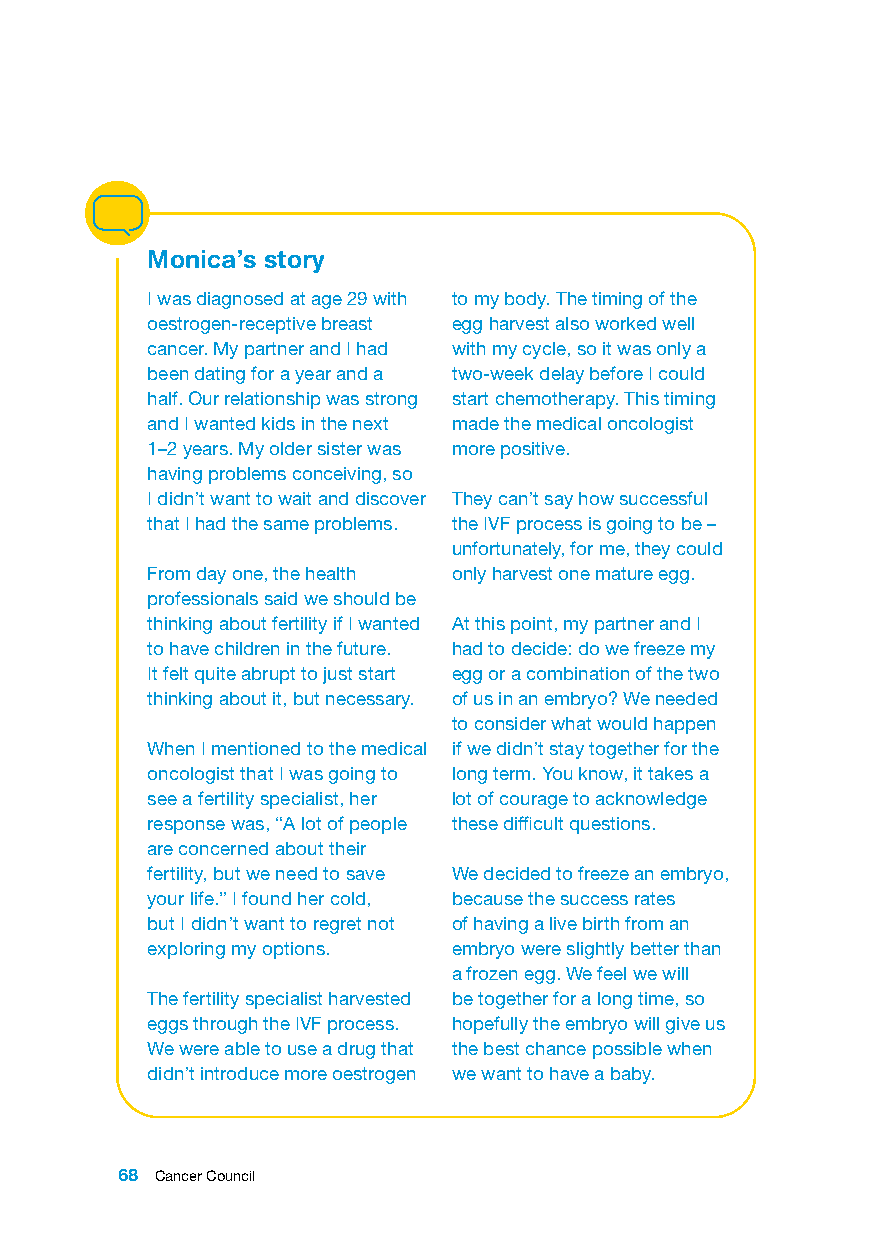
Monica’s story
 I was diagnosed at age 29 with to my body. The timing of the
 oestrogen-receptive breast egg harvest also worked well
 cancer. My partner and I had with my cycle, so it was only a
 been dating for a year and a two-week delay before I could
 half. Our relationship was strong start chemotherapy. This timing
 and I wanted kids in the next made the medical oncologist
 1–2 years. My older sister was more positive.
 having problems conceiving, so
 I didn’t want to wait and discover They can’t say how successful
 that I had the same problems. the IVF process is going to be –
 unfortunately, for me, they could
 From day one, the health only harvest one mature egg.
 professionals said we should be
 thinking about fertility if I wanted At this point, my partner and I
 to have children in the future. had to decide: do we freeze my
 It felt quite abrupt to just start egg or a combination of the two
 thinking about it, but necessary. of us in an embryo? We needed
 to consider what would happen
 When I mentioned to the medical if we didn’t stay together for the
 oncologist that I was going to long term. You know, it takes a
 see a fertility specialist, her lot of courage to acknowledge
 response was, “A lot of people these difficult questions.
 are concerned about their
 fertility, but we need to save We decided to freeze an embryo,
 your life.” I found her cold, because the success rates
 but I didn’t want to regret not of having a live birth from an
 exploring my options. embryo were slightly better than
 a frozen egg. We feel we will
 The fertility specialist harvested be together for a long time, so
 eggs through the IVF process. hopefully the embryo will give us
 We were able to use a drug that the best chance possible when
 didn’t introduce more oestrogen we want to have a baby.
 68 Cancer Council